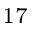
^ { 1 7 }